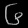
Digit: ၆